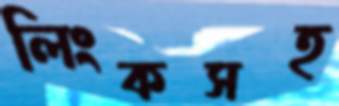
লিংকসহ